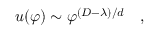
u ( \varphi ) \sim \varphi ^ { ( D - \lambda ) / d } \quad ,